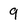
Character: 9